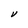
Character: V